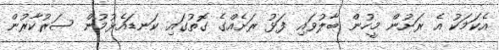
އެކަމަކު އެ ރަށުން މީހުން ބާލުވައި ފަޅު ރަށެއްގެ ގޮތުގައި ކަނޑައެޅުމުން ސަރުކާރުން